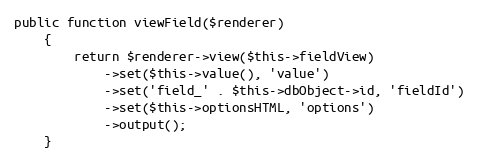
Language: PHP
public function viewField($renderer)
    {
        return $renderer->view($this->fieldView)
            ->set($this->value(), 'value')
            ->set('field_' . $this->dbObject->id, 'fieldId')
            ->set($this->optionsHTML, 'options')
            ->output();
    }